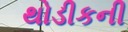
થોડીકની